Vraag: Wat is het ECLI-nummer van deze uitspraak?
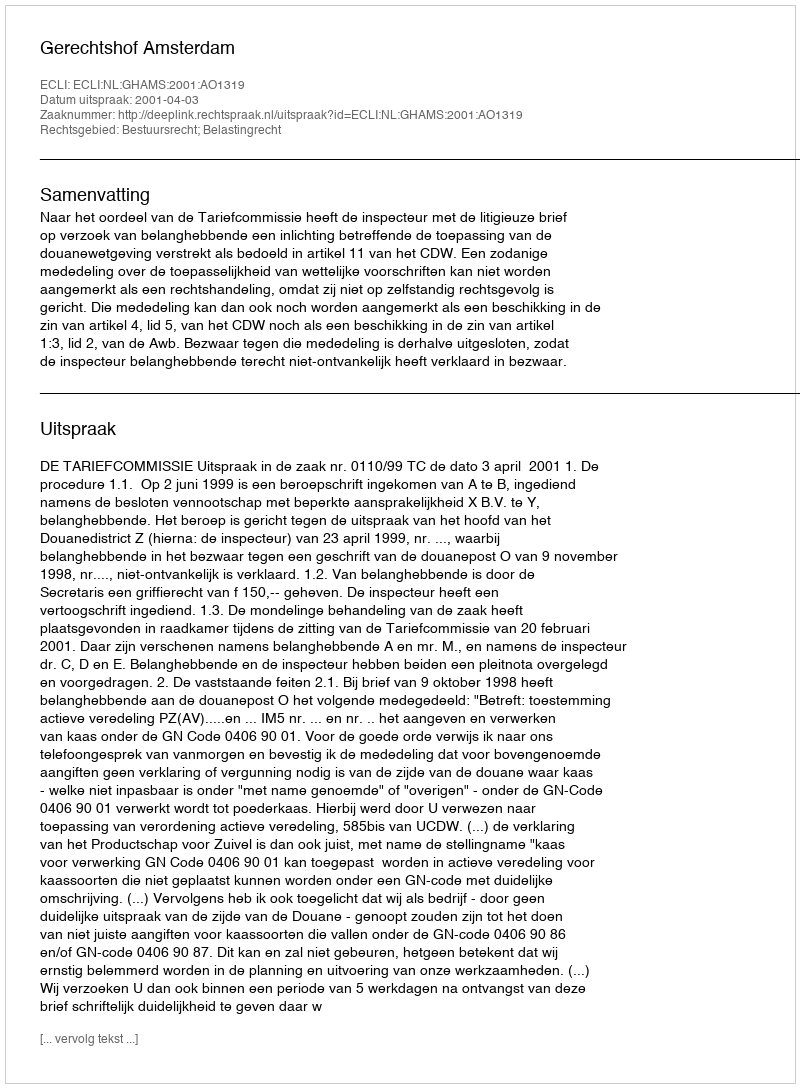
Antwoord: ECLI:NL:GHAMS:2001:AO1319